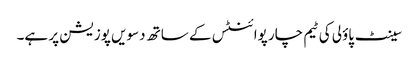
سینٹ پاؤلی کی ٹیم چار پوائنٹس کے ساتھ دسویں پوزیشن پر ہے۔